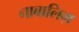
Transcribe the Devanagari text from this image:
नाबालिग़